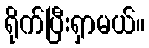
ရိုက်ပြီးရှာမယ်။